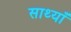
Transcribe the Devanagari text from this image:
साथ्याँ